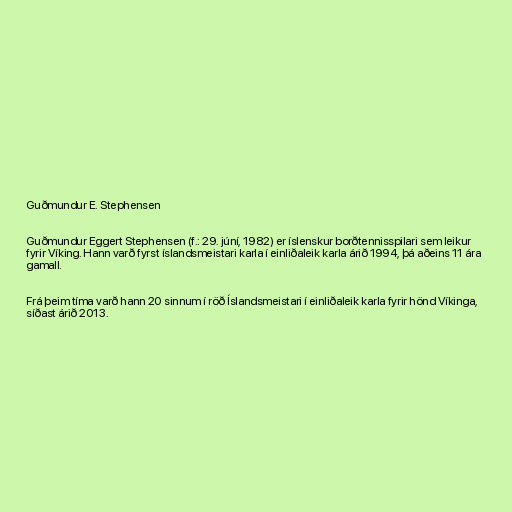
Guðmundur E. Stephensen

Guðmundur Eggert Stephensen (f.: 29. júní, 1982) er íslenskur borðtennisspilari sem leikur
fyrir Víking. Hann varð fyrst íslandsmeistari karla í einliðaleik karla árið 1994, þá aðeins 11 ára
gamall.

Frá þeim tíma varð hann 20 sinnum í röð Íslandsmeistari í einliðaleik karla fyrir hönd Víkinga,
síðast árið 2013.